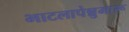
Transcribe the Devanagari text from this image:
भाटलापेन्नुमारू